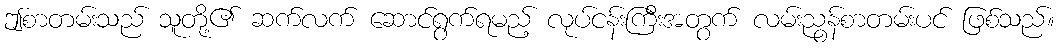
ဤစာတမ်းသည် သူတို့၏ ဆက်လက် ဆောင်ရွက်ရမည့် လုပ်ငန်းကြီးအတွက် လမ်းညွန်စာတမ်းပင် ဖြစ်သည်။